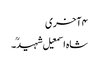
۴ آخری
شاہ اسمعیل شہیدؒ۔